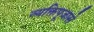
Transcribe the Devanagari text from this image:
व्यक्तिपूजासे